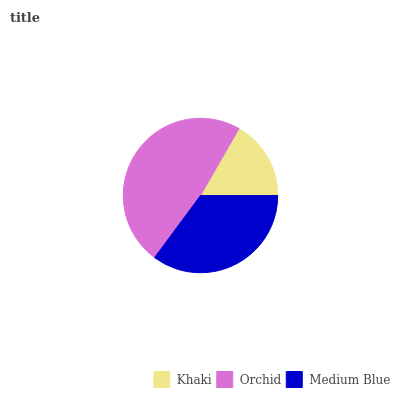
| Khaki | Orchid | Medium Blue |
 | --- | --- | --- |
 | 16.7% | 48.2% | 35.1% |